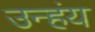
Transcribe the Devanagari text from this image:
उन्हंय